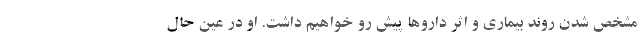
مشخص شدن روند بیماری و اثر داروها پیش رو خواهیم داشت. او در عین حال